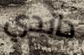
داندي